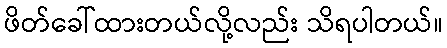
ဖိတ်ခေါ်ထားတယ်လို့လည်း သိရပါတယ်။